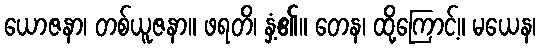
ယောဇနာ၊ တစ်ယူဇနာ။ ဖရတိ၊ နှံ့၏။ တေန၊ ထို့ကြောင့်။ မယေန၊